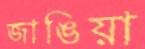
জাঙিয়া